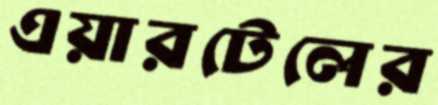
এয়ারটেলের